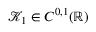
\mathscr { K } _ { 1 } \in C ^ { 0 , 1 } ( \mathbb { R } )